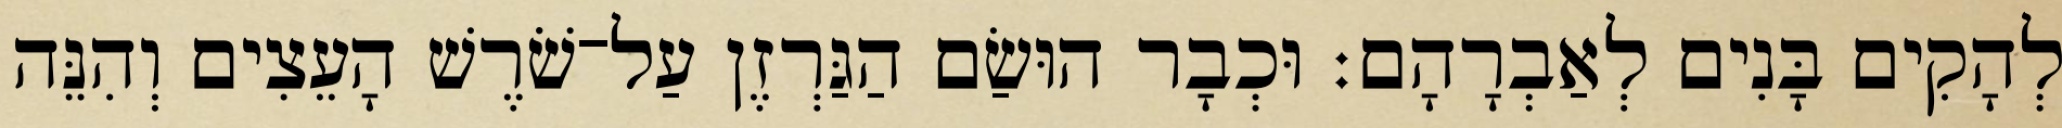
לְהָקִים בָּנִים לְאַבְרָהָם׃ וּכְבָר הוּשַׂם הַגַּרְזֶן עַל־שֹׁרֶשׁ הָעֵצִים וְהִנֵּה